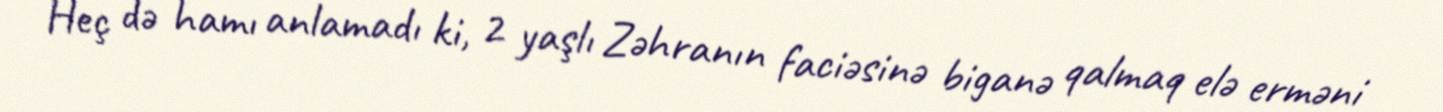
Heç də hamı anlamadı ki, 2 yaşlı Zəhranın faciəsinə biganə qalmaq elə erməni